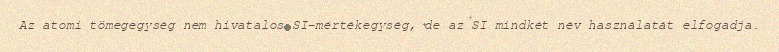
Az atomi tömegegység nem hivatalos SI-mértékegység, de az SI mindkét név használatát elfogadja.